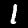
Digit: 1